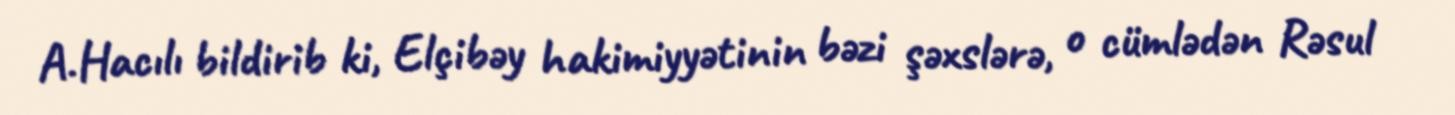
A.Hacılı bildirib ki, Elçibəy hakimiyyətinin bəzi şəxslərə, o cümlədən Rəsul